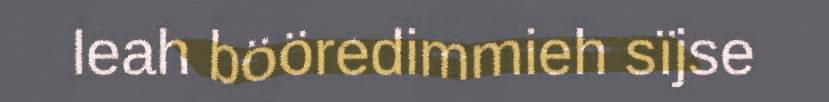
leah bööredimmieh sïjse